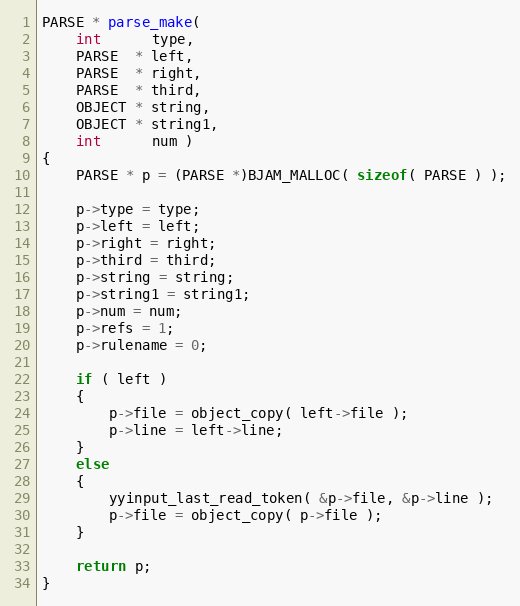
Language: C
PARSE * parse_make(
    int      type,
    PARSE  * left,
    PARSE  * right,
    PARSE  * third,
    OBJECT * string,
    OBJECT * string1,
    int      num )
{
    PARSE * p = (PARSE *)BJAM_MALLOC( sizeof( PARSE ) );

    p->type = type;
    p->left = left;
    p->right = right;
    p->third = third;
    p->string = string;
    p->string1 = string1;
    p->num = num;
    p->refs = 1;
    p->rulename = 0;

    if ( left )
    {
        p->file = object_copy( left->file );
        p->line = left->line;
    }
    else
    {
        yyinput_last_read_token( &p->file, &p->line );
        p->file = object_copy( p->file );
    }

    return p;
}